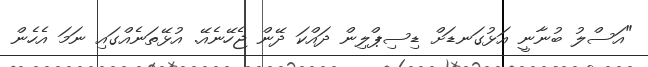
"އަސްލު ބުނާނީ އަޅުގަނޑަށް ޑިސިޕްލިން ދައްކަ ދޭން ޖެހޭނެއޭ. އުޅޭތަނެއްގައި ނަމަ އެހެން